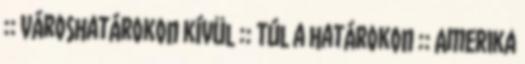
:: Városhatárokon kívül :: Túl a határokon :: Amerika